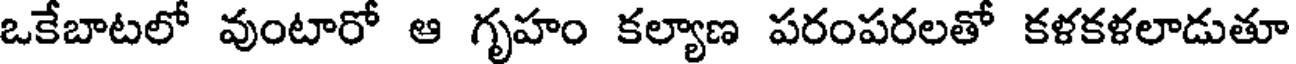
ఒకేబాటలో వుంటారో ఆ గృహం కల్యాణ పరంపరలతో కళకళలాడుతూ